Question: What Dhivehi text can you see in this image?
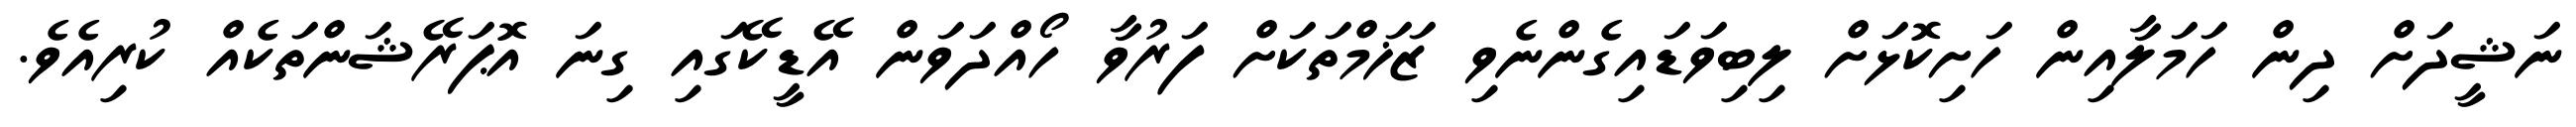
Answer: ނަޝީދަށް ދިން ހަމަލާއިން ހަށިކޮޅަށް ލިބިވަޑައިގެންނެވި ޒަޚަމްތަކަށް ފަރުވާ ހޯއްދަވަން އޭޑީކޭގައި ގިނަ އޮޕަރޭޝަންތަކެއް ކުރިއެވެ.